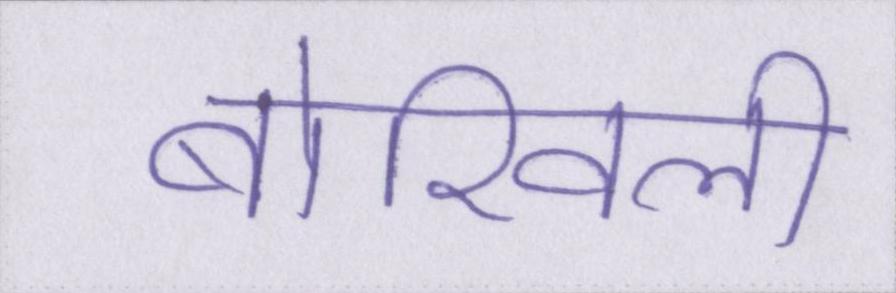
बोरिवली